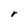
Character: r